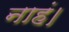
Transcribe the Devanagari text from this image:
नाहं।